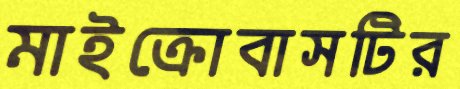
মাইক্রোবাসটির